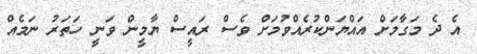
އެ ދެ މަގާމަށް އައްޔަންކުރެއްވުމަށް ވެސް ރައީސް ޔާމީން ވަނީ ހަތަރު ނަމެއް